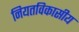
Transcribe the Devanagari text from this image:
नियतविकासीय